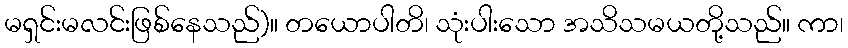
မရှင်းမလင်းဖြစ်နေသည်)။ တယောပါတိ၊ သုံးပါးသော အသိသမယတို့သည်။ ကာ၊